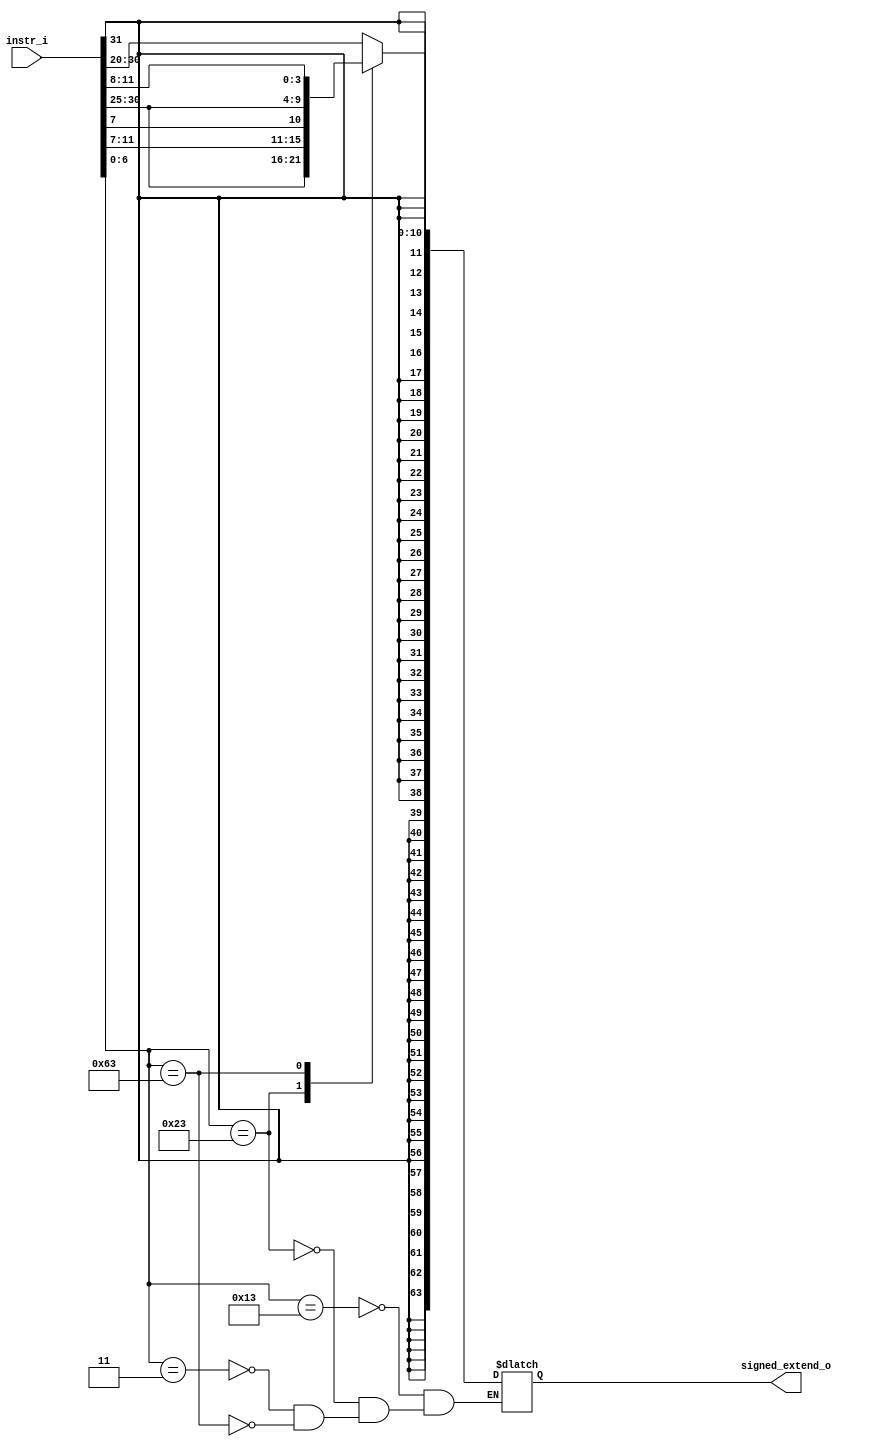

module Imm_Gen(
    instr_i,
    signed_extend_o
    );
               
//I/O ports
input   [32-1:0] instr_i;
output  [64-1:0] signed_extend_o;

//Internal Signals
reg     [64-1:0] signed_extend_o;

//Sign extended
always@(*) begin
     case(instr_i[6:0])  //R-type instructions have no immediates
       7'b0010011:begin //addi, slti
         signed_extend_o<= { {52{instr_i[31]}}, {instr_i[31:20]}};    //<= is a nonblocking assignment.
       end

       7'b0100011:begin//sd
       signed_extend_o<= { {52{instr_i[31]}}, {instr_i[31:25]}, {instr_i[11:7]}};
       end  
       7'b0000011:begin//ld   //ld failed, strange
       signed_extend_o<= { {52{instr_i[31]}}, {instr_i[31:20]}};
       end  
       7'b1100011:begin //beq
       signed_extend_o<= { {53{instr_i[31]}}, {instr_i[7]}, {instr_i[30:25]}, {instr_i[11:8]}};
       end
  
     endcase
end 


//see slides {} means concatenation

endmodule